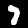
Digit: 7